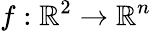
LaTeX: f:\mathbb{R}^{2}\to\mathbb{R}^{n}